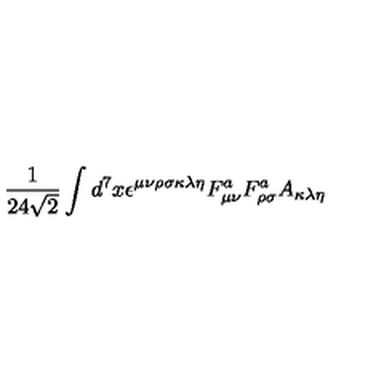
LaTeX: \frac { 1 } { 2 4 \sqrt { 2 } } \int d ^ { 7 } x \epsilon ^ { \mu \nu \rho \sigma \kappa \lambda \eta } F _ { \mu \nu } ^ { a } F _ { \rho \sigma } ^ { a } A _ { \kappa \lambda \eta }